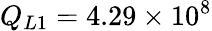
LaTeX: Q_{L1}=4.29\times 10^{8}